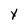
Character: Y